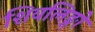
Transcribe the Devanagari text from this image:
शिवलिङ्गो